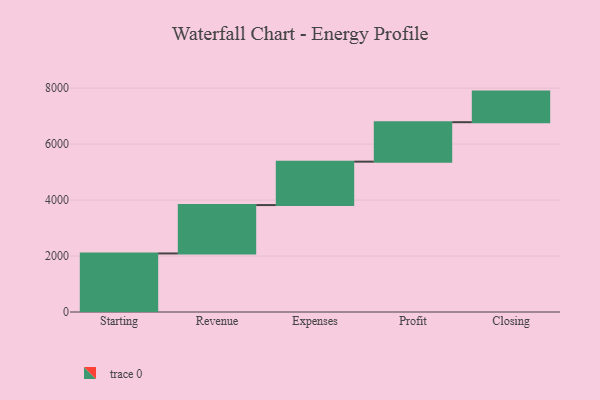
{"axis": {"x": "Step", "y": "Value"}, "legend": [""], "data": [{"x": "Starting", "y": 2092.0, "type": ""}, {"x": "Revenue", "y": 1729.0, "type": ""}, {"x": "Expenses", "y": 1551.0, "type": ""}, {"x": "Profit", "y": 1410.0, "type": ""}, {"x": "Closing", "y": 1093.0, "type": ""}]}